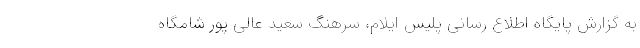
به گزارش پایگاه اطلاع رسانی پلیس ایلام، سرهنگ سعید عالی پور شامگاه